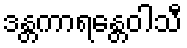
ဒန္တကာရန္တေဝါသီ